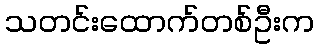
သတင်းထောက်တစ်ဦးက